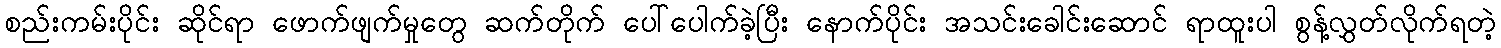
စည်းကမ်းပိုင်း ဆိုင်ရာ ဖောက်ဖျက်မှုတွေ ဆက်တိုက် ပေါ်ပေါက်ခဲ့ပြီး နောက်ပိုင်း အသင်းခေါင်းဆောင် ရာထူးပါ စွန့်လွှတ်လိုက်ရတဲ့